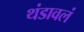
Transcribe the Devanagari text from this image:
थंडावलं